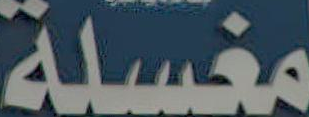
مغسلة